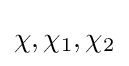
\chi ,\chi _{1},\chi _{2}